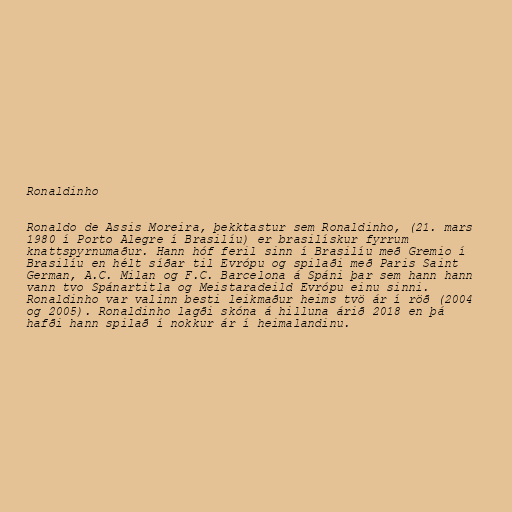
Ronaldinho

Ronaldo de Assis Moreira, þekktastur sem Ronaldinho, (21. mars
1980 í Porto Alegre í Brasilíu) er brasilískur fyrrum
knattspyrnumaður. Hann hóf feril sinn í Brasilíu með Gremio í
Brasilíu en hélt síðar til Evrópu og spilaði með Paris Saint
German, A.C. Milan og F.C. Barcelona á Spáni þar sem hann hann
vann tvo Spánartitla og Meistaradeild Evrópu einu sinni.
Ronaldinho var valinn besti leikmaður heims tvö ár í röð (2004
og 2005). Ronaldinho lagði skóna á hilluna árið 2018 en þá
hafði hann spilað í nokkur ár í heimalandinu.